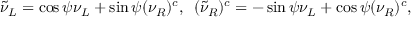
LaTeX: \tilde { \nu } _ { L } = \cos \psi \nu _ { L } + \sin \psi ( \nu _ { R } ) ^ { c } , \, \, \, ( \tilde { \nu } _ { R } ) ^ { c } = - \sin \psi \nu _ { L } + \cos \psi ( \nu _ { R } ) ^ { c } ,